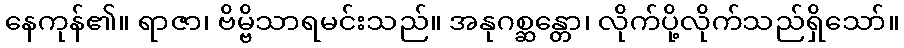
နေကုန်၏။ ရာဇာ၊ ဗိမ္ဗိသာရမင်းသည်။ အနုဂစ္ဆန္တော၊ လိုက်ပို့လိုက်သည်ရှိသော်။